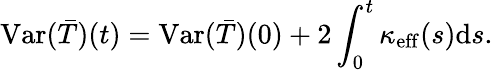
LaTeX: \mathrm{Var}(\bar{T})(t)=\mathrm{Var}(\bar{T})(0)+2\int_{0}^{t}\kappa_{\mathrm{eff}}(s)\mathrm{d}s.